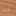
زيتا